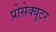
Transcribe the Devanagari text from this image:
प्रोसेक्यूटर